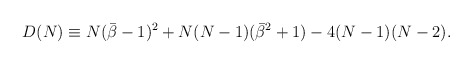
\begin{align*}D(N)\equiv N({\bar\beta}-1)^2+N(N-1)({\bar\beta}^2+1)-4(N-1)(N-2).\end{align*}